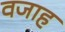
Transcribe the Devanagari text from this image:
वजाह